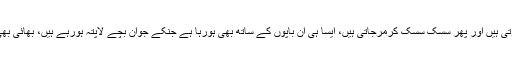
لیکن آج پاکستان میں آپکو کثرت سے ایسی مائیں مل جاینگیں جو مبن نہیں توکوئی اور نام لے لے کر روتی ہیں اور پھر سسک سسک کرمرجاتی ہیں، ایسا ہی ان باپوں کے ساتھ بھی ہورہا ہے جنکے جوان بچے لاپتہ ہورہے ہیں، بھائی بھی رو رہے ہیں اور بہنیں بھی رورہی ہیں، سہاگن بھی رو رہی ہوتی ہے اور اس کے معصو م بچے بھی۔